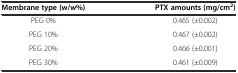
<table><thead><tr><td><b>Membrane type (w/w%)</b></td><td><b>PTX amounts (mg/cm<sup>2</sup>)</b></td></tr></thead><tbody><tr><td>PEG 0%</td><td>0.465 (±0.002)</td></tr><tr><td>PEG 10%</td><td>0.467 (±0.002)</td></tr><tr><td>PEG 20%</td><td>0.466 (±0.001)</td></tr><tr><td>PEG 30%</td><td>0.461 (±0.009)</td></tr></tbody></table>